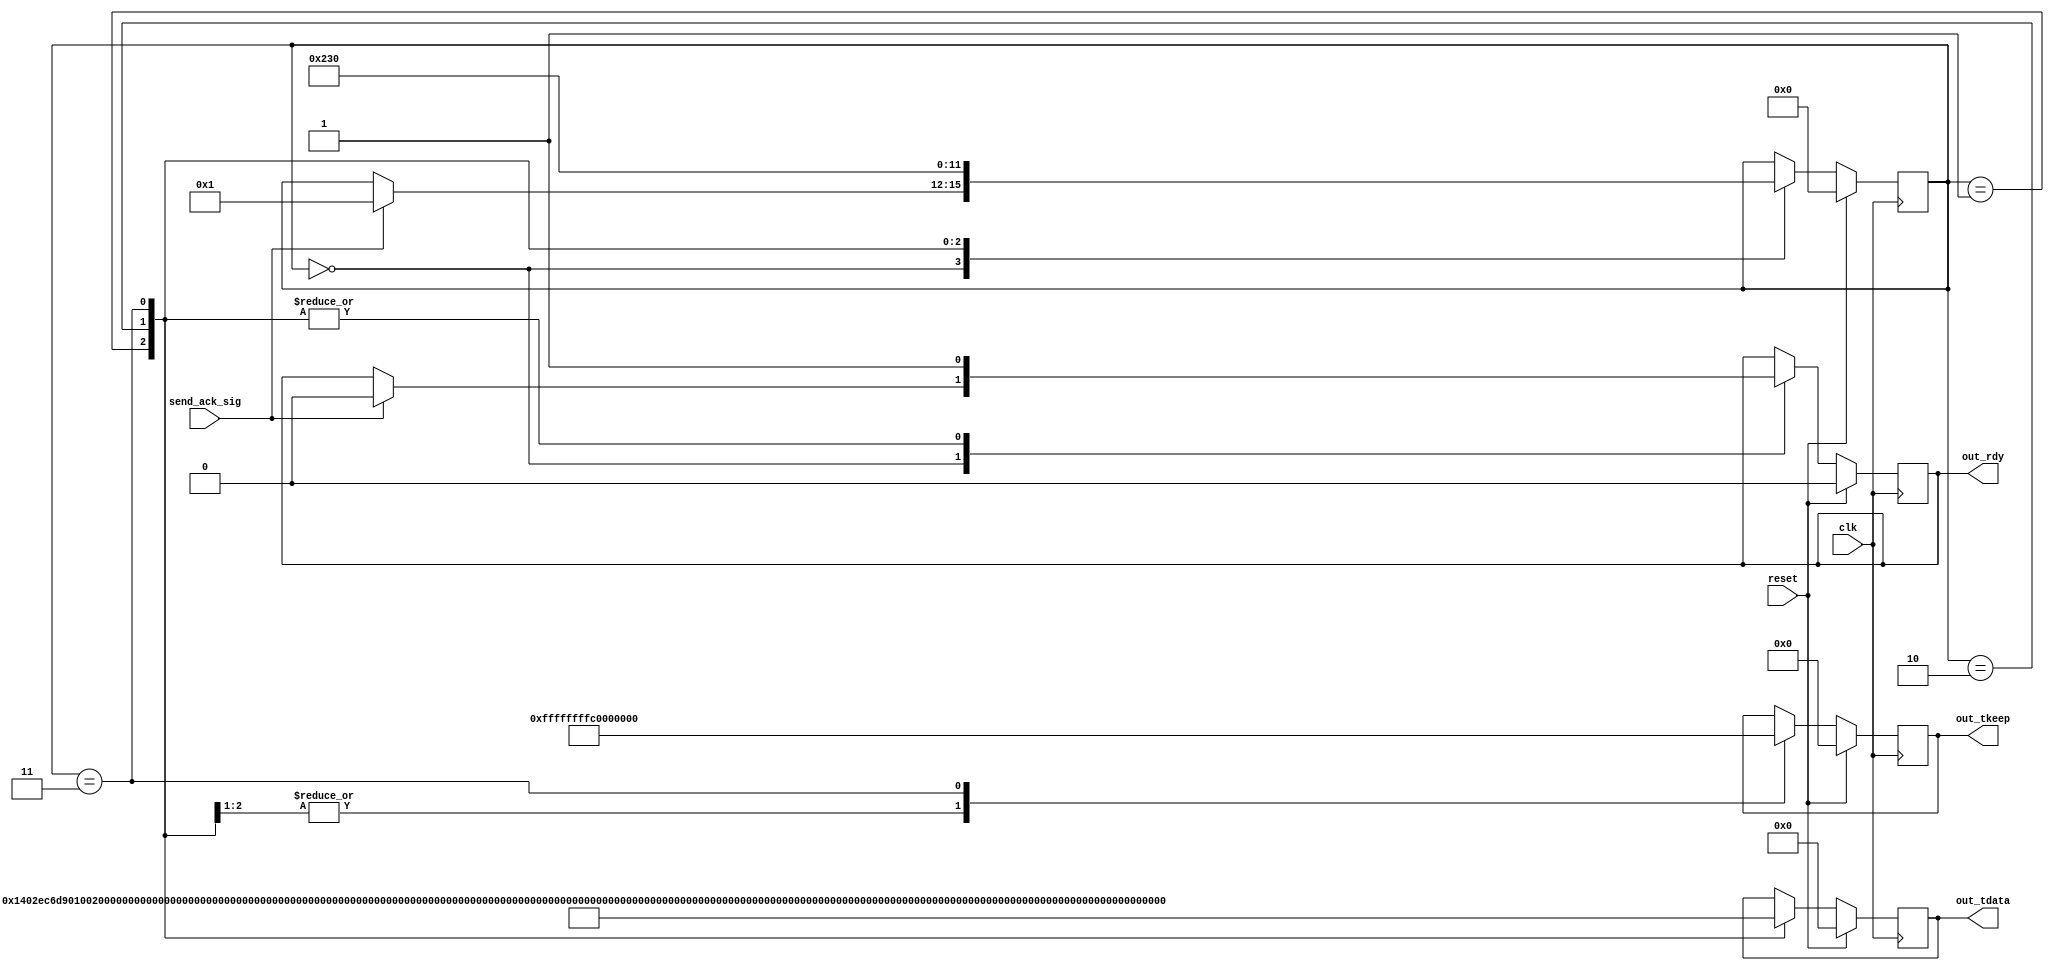
///////////////////////////////////////////////////////////////////////////////
// $Id: ack_module.v $
//
// Module: ack_module.v
// Project: NF2.1
// Description: Build a tcp ack packet for reuse
//              
//
///////////////////////////////////////////////////////////////////////////////

  module ack_module
	#(
            parameter C_S_AXIS_DATA_WIDTH       = 256
	  )

	(
	  input		send_ack_sig,
	  output reg	out_rdy,
	  output reg	[C_S_AXIS_DATA_WIDTH-1:0]	out_tdata,
	  output reg	[C_S_AXIS_DATA_WIDTH/8-1:0]	out_tkeep,
	  
	  input		reset,
	  input		clk
	);

localparam WAIT = 4'h0;

localparam WORD_1 = 4'h1;
localparam WORD_2 = 4'h2;
localparam WORD_3 = 4'h3;
localparam WORD_4 = 4'h4;
localparam WORD_5 = 4'h6;
localparam WORD_6 = 4'h7;
localparam WORD_7 = 4'h8;
localparam WORD_8 = 4'h9;
localparam WORD_9 = 4'ha;

reg	[3:0]	state;


always @(posedge clk) begin
	if(reset) begin
		out_rdy  <= 1'b0;
		out_tdata <= 256'h0;
		out_tkeep <= 32'h0;
		state    <= 'b0;
	end
	else begin
		case(state)
			WAIT: begin
				if(send_ack_sig) begin
					state <= WORD_1;
					out_rdy <= 1'b0;
					//out_rdy <= 1'b1;
				end
			end
			WORD_1: begin
				//out_tdata <= {64'h1c6f65ac1d4fcafe,64'hf00d000108004500,64'h0034ae6a40004006,64'h00008c7452ba8c74};
		                out_rdy <= 1'b1;
				out_tdata <= {64'h1402ec6d90100253, 64'h554d450008004500, 64'h00347a2640004006, 64'h02378c7452bd8c74};
				out_tkeep <= 32'hffffffff;
				state <= WORD_2;
			end
			WORD_2: begin
				out_rdy <= 1'b1;
				out_tdata <= {64'h52b9e704138acf52,64'h54d40854033b8010,64'h0073b2d900000101,64'h080a020bfaba0584};
				out_tkeep <= 32'hffffffff;
				state <= WORD_3;
			end
			WORD_3: begin
				out_rdy <= 1'b1;
				out_tdata <= {64'h67d4000000000000,192'h0};
				out_tkeep <= 32'hc0000000;
				state <= WAIT;
			end
		endcase
	end

end


endmodule